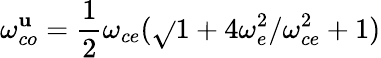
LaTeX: \omega_{co}^{\mathbf{u}}=\frac{{1}}{{2}}\omega_{ce}(\sqrt{}{{1+4\omega_{e}^{2}/\omega_{ce}^{2}}}+1)